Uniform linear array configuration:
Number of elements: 32
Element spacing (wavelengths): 0.5
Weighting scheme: binomial
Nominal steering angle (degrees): -45
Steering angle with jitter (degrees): -44.829
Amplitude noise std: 0.05
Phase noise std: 0.05

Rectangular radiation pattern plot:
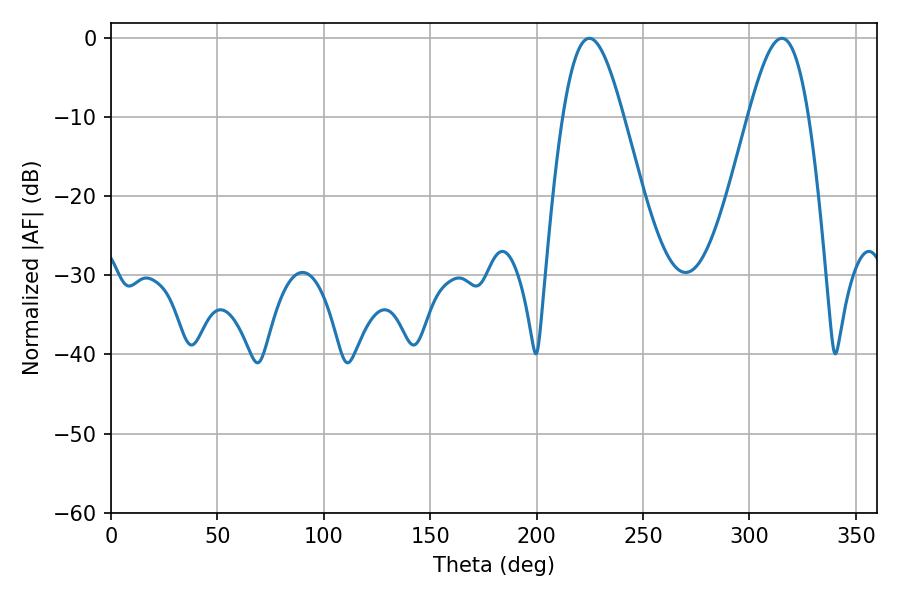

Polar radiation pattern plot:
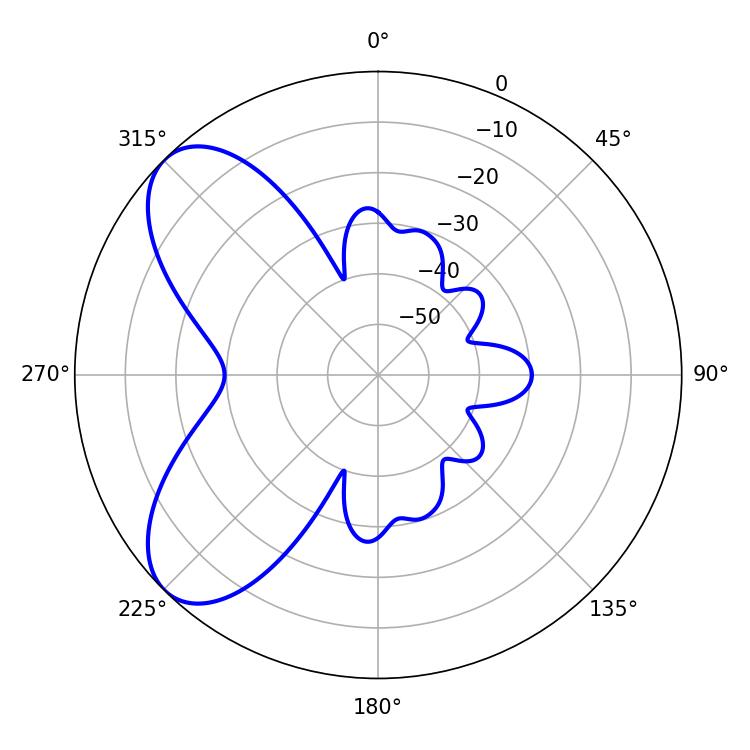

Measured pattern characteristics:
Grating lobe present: FALSE
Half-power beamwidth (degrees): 15.3
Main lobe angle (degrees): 315.18